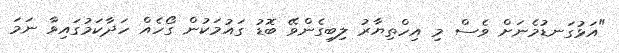
"އަޅުގަނޑުމެނަށް ވެސް މި އިހްތިޔާރު ލިބިގެންވޭ ބޮޑު ގައުމަކުން ގޯހެއް ހަދާކަމުގައިވާ ނަމަ